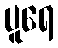
ပူရေ